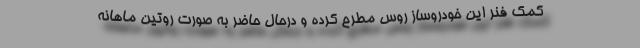
کمک فنر این خودروساز روس مطرح کرده و درحال حاضر به صورت روتین ماهانه